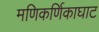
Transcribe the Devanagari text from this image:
मणिकर्णिकाघाट